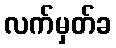
လက်မှတ်ခ